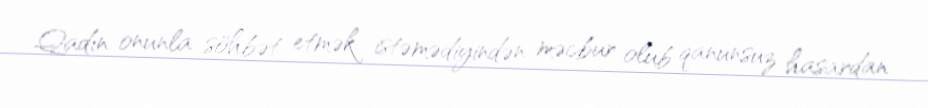
Qadın onunla söhbət etmək istəmədiyindən məcbur olub qanunsuz hasardan